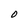
Character: O